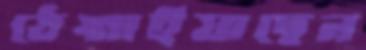
ঠেঙ্গাইয়াছেন